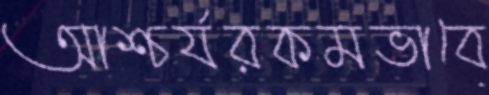
আশ্চর্যরকমভাবে